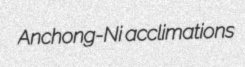
Anchong-Ni acclimations